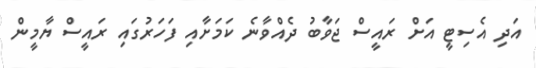
އަދި އެސިޓީ އަށް ރައީސް ޖަވާބު ދެއްވާނެ ކަމަށާއި ފަހަރުގައި ރައީސް ޔާމީން